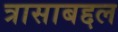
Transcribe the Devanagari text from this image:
त्रासाबद्दल